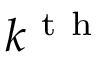
k ^ { \mathrm { ~ t ~ h ~ } }